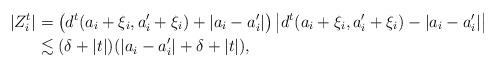
LaTeX: \begin{align*}|Z^t_i|&= \big(d^t(a_i + \xi_i, a'_i + \xi_i) + |a_i - a'_i|\big)\,\big| d^t(a_i + \xi_i, a'_i + \xi_i)- |a_i - a'_i|\big|\\&\lesssim (\delta + |t|) (|a_i - a'_i| + \delta + |t|), \end{align*}